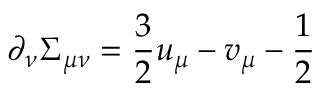
\partial _ { \nu } \Sigma _ { \mu \nu } = { \frac { 3 } { 2 } } u _ { \mu } - v _ { \mu } - { \frac { 1 } { 2 } }